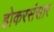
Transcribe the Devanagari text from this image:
होकरसंसार